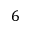
6